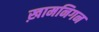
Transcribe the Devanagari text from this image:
ख़ामनिगन